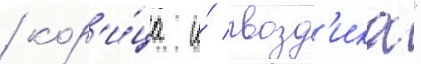
/ кор'и́ца и́ гвозд'ика"